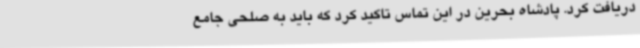
دریافت کرد. پادشاه بحرین در این تماس تاکید کرد که باید به صلحی جامع